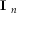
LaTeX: { \textbf { I } } _ { n }